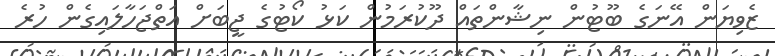
ޒެވިޔަން އޭނަގެ ބޫޓުން ނިޝާންތައް ދޫކުރަމުން ކަޅު ކޯޓުގެ ޖީބަށް އަތްޖަހާލައިގެން ހުރެ